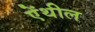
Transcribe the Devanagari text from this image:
ऐंथील